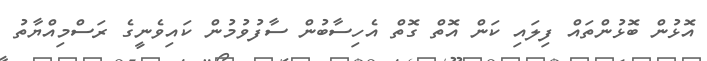
އޮޅުން ބޮޅުންތައް ފިލައި ކަން އޮތް ގޮތް އެހިސާބުން ސާފުވުމުން ކައިވެނީގެ ރަސްމިއްޔާތު